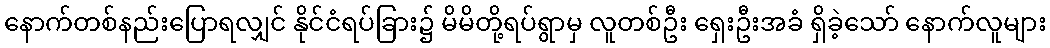
နောက်တစ်နည်းပြောရလျှင် နိုင်ငံရပ်ခြား၌ မိမိတို့ရပ်ရွာမှ လူတစ်ဦး ရှေးဦးအခံ ရှိခဲ့သော် နောက်လူများ